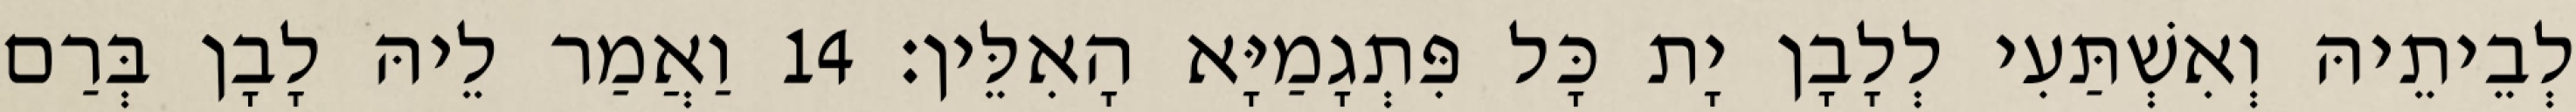
לְבֵיתֵיהּ וְאִשְׁתַּעִי לְלָבָן יָת כָּל פִּתְגָמַיָּא הָאִלֵּין׃ 14 וַאֲמַר לֵיהּ לָבָן בְּרַם